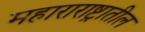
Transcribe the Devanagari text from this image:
महाराराष्ट्रातील